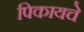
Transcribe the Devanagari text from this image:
पिकायचे